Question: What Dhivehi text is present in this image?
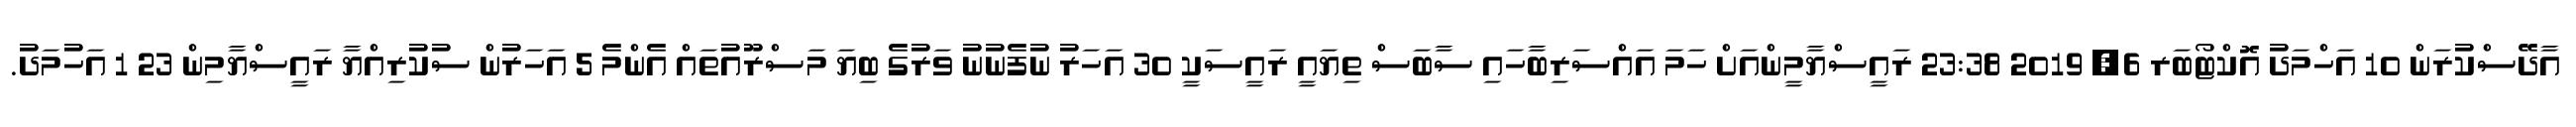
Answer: އާދޭސްކުރަން 10 އަހްމަދު އޮކްޓޯބަރ 6, 2019 23:38 ރައީސްޔާމީންއަށް ހަމަ އައްސަރިބާހައި ސާބަސް ތިޔައީ ރައީސަކީ 30 އަހަރު ނުފެނުނު ވަރުގެ ބިޔަ މަސްރޫއުތައް އެންމެ 5 އަހަރުން ސުކުރިއްޔާ ރައީސްޔާމިން 23 1 އަހުމަދު.